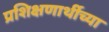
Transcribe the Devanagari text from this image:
प्रशिक्षणार्थीच्या